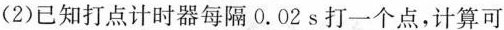
(2)已知打点计时器每隔0.02s打一个点，计算可